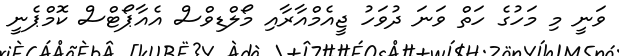
ވަނީ މި މަހުގެ ހަތް ވަނަ ދުވަހު ޖީއެމްއާރާއި މޯލްޑިވްސް އެއާޕޯޓްސް ކޮމްޕެނީ